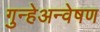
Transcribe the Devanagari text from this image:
गुन्हेअन्वेषण